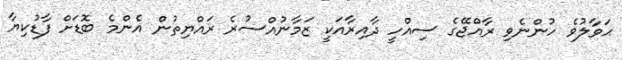
ޙަވާލުވެ ހުންނެވި ރާއްޖޭގެ ސިއްހީ ދާއިރާއަކީ ޒަމާނުއްސުރެ ރައްޔިތުން އެންމެ ބޮޑަށް ފާޑުކިޔާ